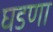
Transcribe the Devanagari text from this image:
घडणा